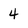
Character: 4